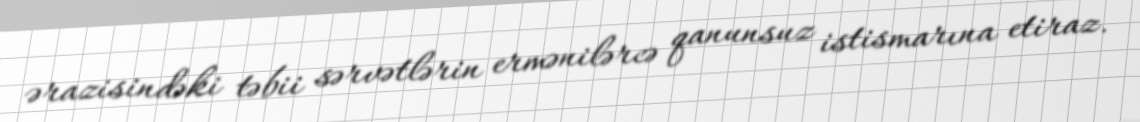
ərazisindəki təbii sərvətlərin ermənilərcə qanunsuz istismarına etiraz.